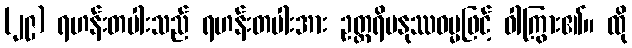
(၂၉) ရဟန်းတပါးသည် ရဟန်းတပါးအား ဥတ္တရိမနုဿဓမ္မဖြင့် ဝါကြွား၏။ ထို